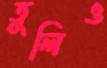
তুলিও